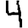
Digit: 4